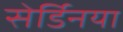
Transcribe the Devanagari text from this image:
सेर्डिनया